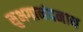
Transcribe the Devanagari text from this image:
सुभगानंदनाथ